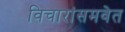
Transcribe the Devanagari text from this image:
विचारांसमवेत